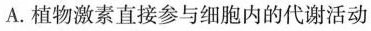
A.植物激素直接参与细胞内的代谢活动